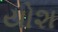
યોશ